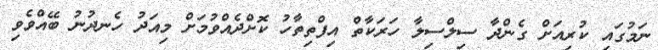
ނަމުގައި ކުރިއަށް ގެންދާ ސިލްސިލާ ހަރަކާތް އިފްތިތާހު ކޮށްދެއްވުމަށް މިއަދު ހެނދުނު ބޭއްވެވި